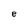
Character: e